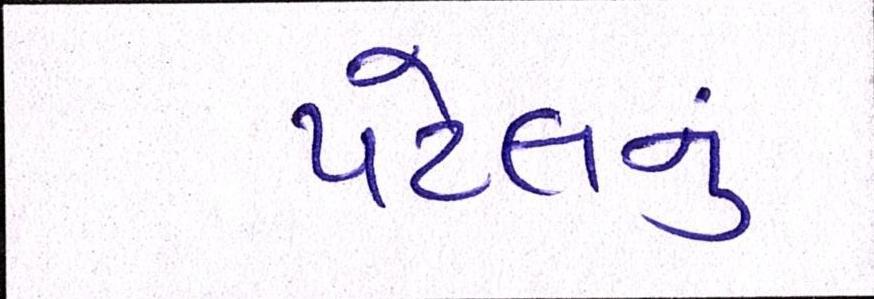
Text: પટેલનું